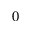
0